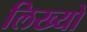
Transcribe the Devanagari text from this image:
लिख्‍यो